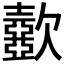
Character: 𣤼